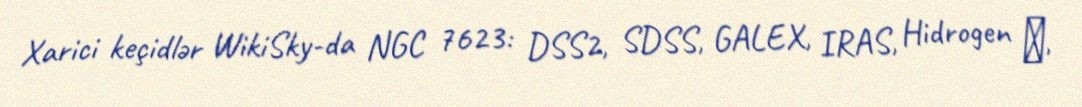
Xarici keçidlər WikiSky-da NGC 7623: DSS2, SDSS, GALEX, IRAS, Hidrogen α,